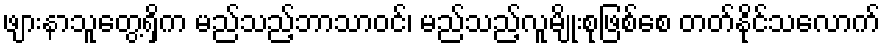
ဖျားနာသူတွေ့ရှိက မည်သည့်ဘာသာဝင်၊ မည်သည့်လူမျိုးစုဖြစ်စေ တတ်နိုင်သလောက်